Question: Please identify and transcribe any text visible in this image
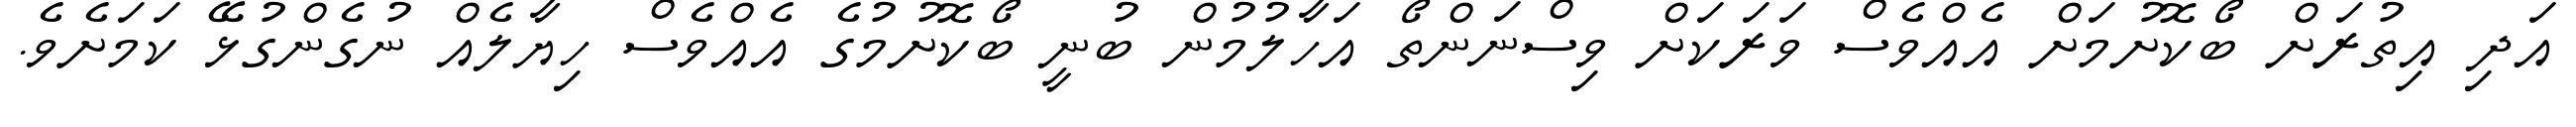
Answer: އަދި އިތުރަށް ބޯކޮށުމަށް އެއްވެސް ވަރަކަށް ވިސްނަންތޯ އަހާލުމުން ބުނީ ބޯކޮށުމުގެ އެއްވެސް ހިޔާލެއް ނުގެންގުޅޭ ކަމަށެވެ.